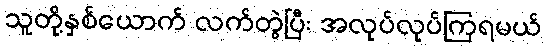
သူတို့နှစ်ယောက် လက်တွဲပြီး အလုပ်လုပ်ကြရမယ်